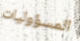
المسؤوليات